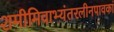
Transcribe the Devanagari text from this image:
शमीमिवाभ्यंतरलीनपावकां